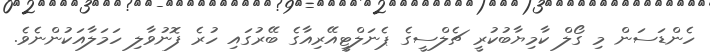
ހެންޑަސަން މި ގޯލް ކާމިޔާބުކުރީ ޗެލްސީގެ ޕެނަލްޓީއޭރިއާގެ ބޭރުގައި ހުރެ ފޮނުވާލި ހަމަލާއަކުންނެވެ.